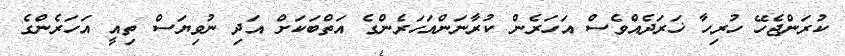
ކުރަންޖެހޭ ހުރިހާ ޚަރަދެއްވެސް އަހަރެން ކުރާނަންއަހަރެންގެ އަތްބަކަށް އަދި ނުވިޔަސް ތިއީ އަހަރެންގެ